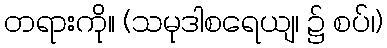
တရားကို။ (သမုဒါစရေယျ၊ ၌ စပ်၊)